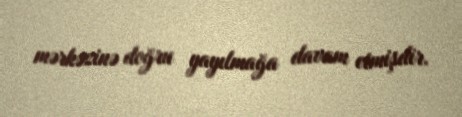
mərkəzinə doğru yayılmağa davam etmişdir.